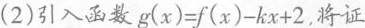
(2)引入函数 $$g ( x ) = f ( x ) - k x + 2$$ ，将证